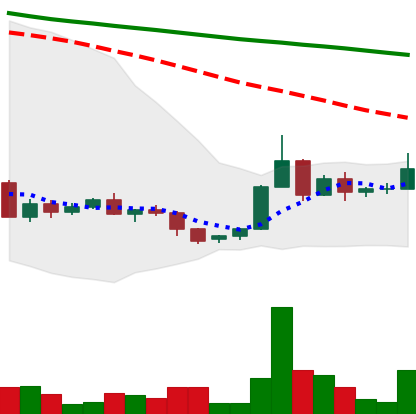
Ticker: ADA-USD
Chart end date: 2022-06-06
Forward return: -9.281%
Label: down_7plus